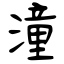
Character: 潼